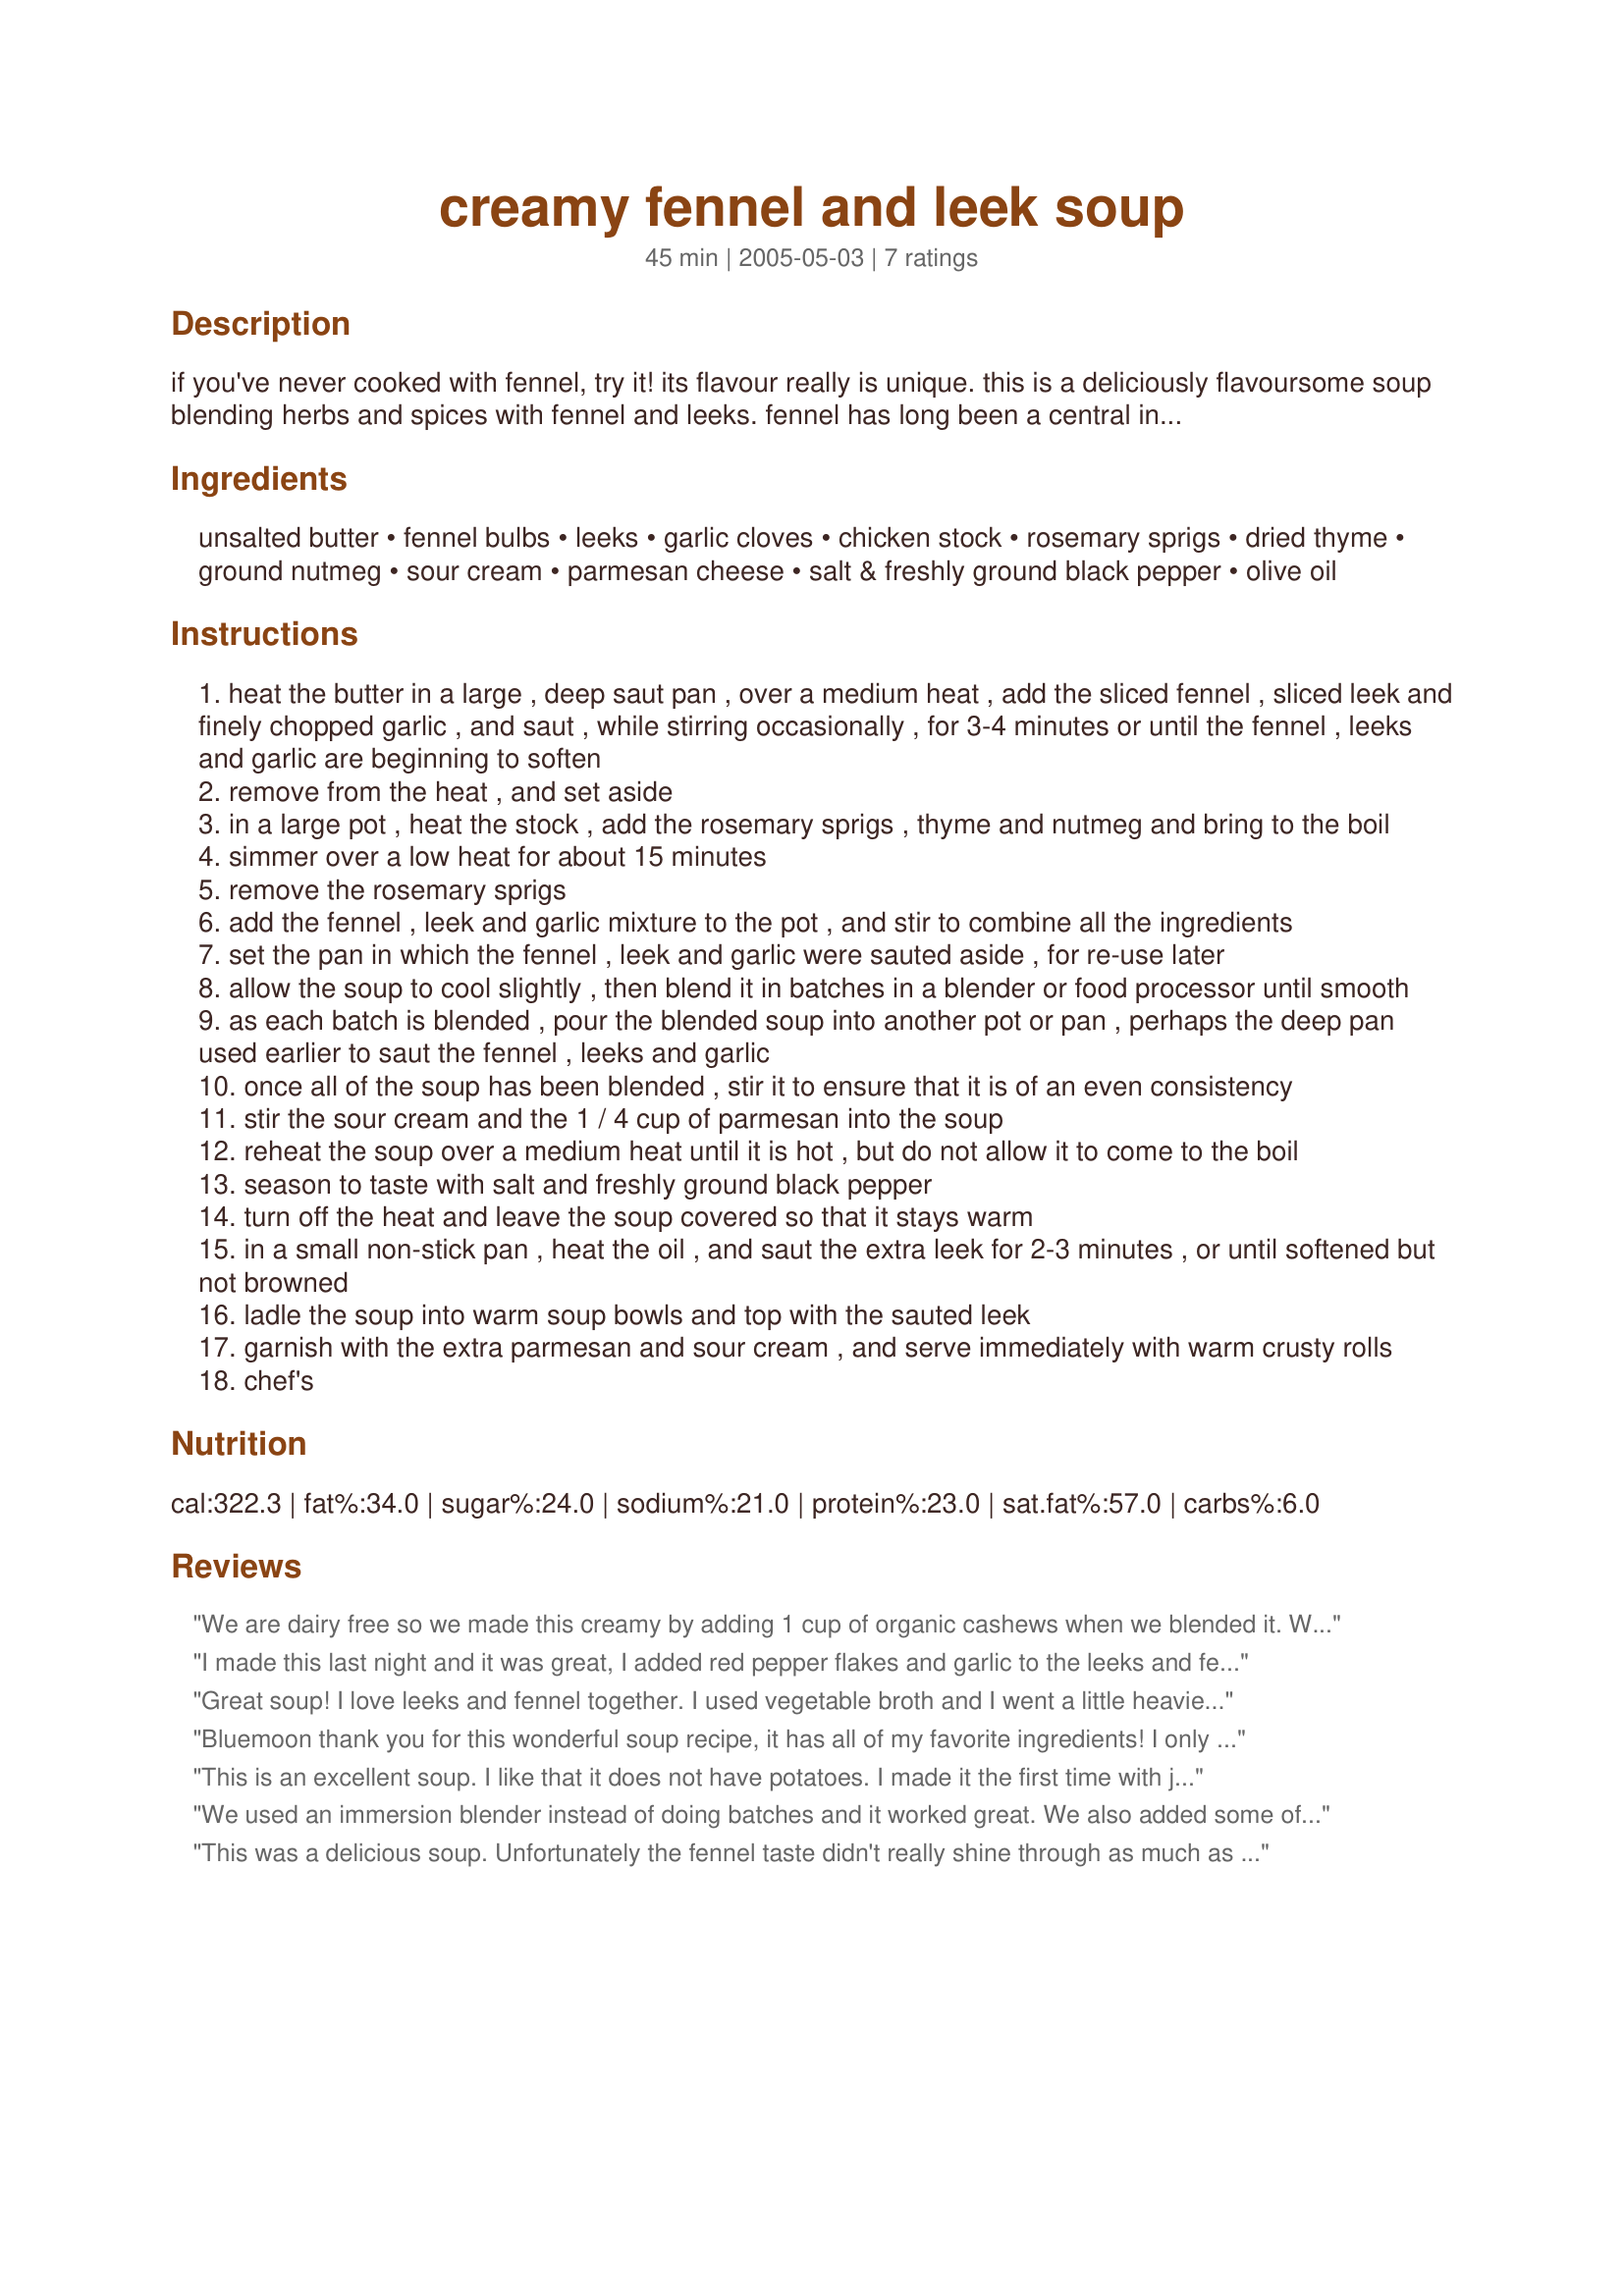
creamy fennel and leek soup
Preparation time: 45 minutes

if you've never cooked with fennel, try it! its flavour really is unique. this is a deliciously flavoursome soup blending herbs and spices with fennel and leeks. fennel has long been a central ingredient in many asian (it’s a main component in the chinese five spice powder), middle eastern and european dishes. in the middle ages, its popularity spread northward from the mediterranean area, where it still features in many pasta dishes. this soup is suitable both for day-to-day meals and for dinner parties. to keep it strictly vegetarian, make it with a vegetable stock. for the best results, use a really good stock, preferably home-made. this soup is best made in a large, deep (preferably non-stick) sauté pan with a lid. next time i make it, i’m going to substitute a cup of wine for one of the cups of stock, adding it during the 15 minutes while the soup is simmering.

Ingredients:
unsalted butter, fennel bulbs, leeks, garlic cloves, chicken stock, rosemary sprigs, dried thyme, ground nutmeg, sour cream, parmesan cheese, salt & freshly ground black pepper, olive oil

Steps:
heat the butter in a large , deep saut pan , over a medium heat , add the sliced fennel , sliced leek and finely chopped garlic , and saut , while stirring occasionally , for 3-4 minutes or until the fennel , leeks and garlic are beginning to soften
remove from the heat , and set aside
in a large pot , heat the stock , add the rosemary sprigs , thyme and nutmeg and bring to the boil
simmer over a low heat for about 15 minutes
remove the rosemary sprigs
add the fennel , leek and garlic mixture to the pot , and stir to combine all the ingredients
set the pan in which the fennel , leek and garlic were sauted aside , for re-use later
allow the soup to cool slightly , then blend it in batches in a blender or food processor until smooth
as each batch is blended , pour the blended soup into another pot or pan , perhaps the deep pan used earlier to saut the fennel , leeks and garlic
once all of the soup has been blended , stir it to ensure that it is of an even consistency
stir the sour cream and the 1 / 4 cup of parmesan into the soup
reheat the soup over a medium heat until it is hot , but do not allow it to come to the boil
season to taste with salt and freshly ground black pepper
turn off the heat and leave the soup covered so that it stays warm
in a small non-stick pan , heat the oil , and saut the extra leek for 2-3 minutes , or until softened but not browned
ladle the soup into warm soup bowls and top with the sauted leek
garnish with the extra parmesan and sour cream , and serve immediately with warm crusty rolls
chef's

Reviews:
We are dairy free so we made this creamy by adding 1 cup of organic cashews when we blended it. We own a Blendtec so it was a smooth puree. Delicious recipe! We will keep this in our recipe box!
I made this last night and it was great, I added red pepper flakes and garlic to the leeks and fennel to give a little kick. Didn't use the extra sour cream for garnish and I used vegetable broth to try and bring down the calories! I made the 6 serving recipe and it served 2 for dinner. I'll be making thia again, great taste and easy to make. I also used an emersion blender.
Great soup! I love leeks and fennel together. I used vegetable broth and I went a little heavier on the rosemary. Loved the flavor combination. Easy soup to make when you have a hand held immersion blender. Thanx for sharing this; I'll make it again.
Bluemoon thank you for this wonderful soup recipe, it has all of my favorite ingredients! I only had very small fennel bulbs and it still was delicious, I increased the garlic and omitted the rosemary sprigs as I did not have any at the time I made this, this soup is worthy of a much higher rating than 5 stars, we thoroughly enjoyed this tonight on a cool raining evening with homemade buns. Thank you for sharing so many great recipes!...Kitten:)
This is an excellent soup. I like that it does not have potatoes. I made it the first time with just butter, the leeks and fennel and herbs. I didn&#039;t have sour cream or Parmesan. I was surprised at how silky it turned out without any cream. Now I just make it the same way because everyone loved it! Thanks for sharing. Oh, the 4 stars is because I just throw all ingredients in the pot until the veggies are soft, then add the broth and simmer instead of using the more complex set of steps.
We used an immersion blender instead of doing batches and it worked great. We also added some of the fennel fronds at the end, and no salt or pepper seemed necessary. Super tasty!
This was a delicious soup. Unfortunately the fennel taste didn't really shine through as much as I had hoped, but it was still really tasty. I wanted a non-dairy soup, because of religious dietary laws that my DH and I observe, so I omitted the butter and cheese and opted for some soy milk and margarine instead. I realize that this really did alter the result quite a bit...but I kept most of the recipe the same. All in all...a DELICIOUS treat. I will definitely make this again.
